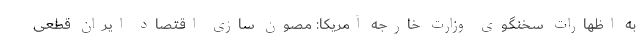
به اظهارات سخنگوی وزارت خارجه آمریکا: مصون سازی اقتصاد ایران قطعی